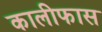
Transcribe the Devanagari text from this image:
कालीफास